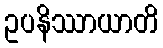
ဥပနိဿာယာတိ